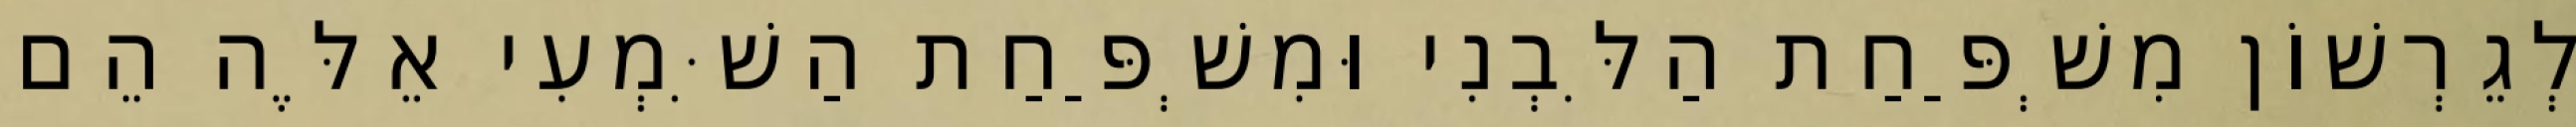
לְגֵרְשׁוֹן מִשְׁפַּחַת הַלִּבְנִי וּמִשְׁפַּחַת הַשִּׁמְעִי אֵלֶּה הֵם